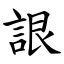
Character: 詪